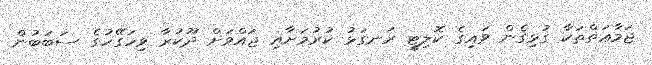
ޖަމާޢަތްތަކާ ގުޅިގެން ވައިގެ ކޮލިޓީ ރަނގަޅު ކުރުމަށާއި ޖައްވަށް ދޫކުރާ ވިހަގޭހުގެ ސަބަބުން